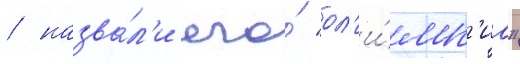
/ назва́л'и его́ "ол'и́мп'иа"